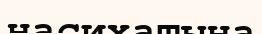
насихатына